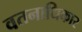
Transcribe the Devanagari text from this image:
वतनाधिकार